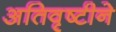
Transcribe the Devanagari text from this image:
अतिवृष्टीने